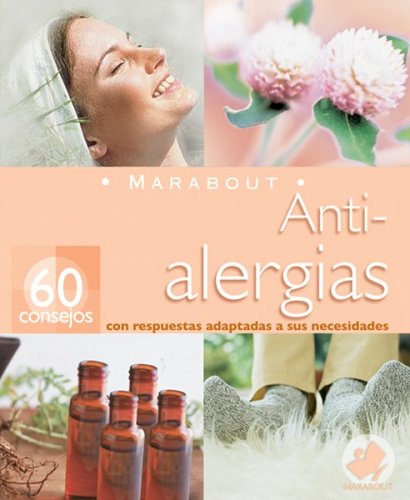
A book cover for Marabout: Anti-alergias (Spanish Edition); Health, Fitness & Dieting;